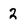
Character: 2